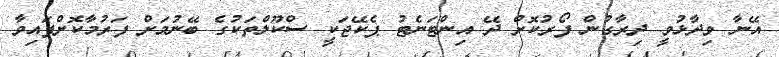
އޭނާ ވިދާޅުވީ ދިރާގުން ފޯރުކޮށް ދޭ އިންޓަނެޓު ޕެކޭޖަކީ ސްކޫލްތަކުގެ ބޭނުމަށް ފަރުމާކޮށްފައިވާ